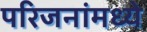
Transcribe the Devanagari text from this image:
परिजनांमध्ये